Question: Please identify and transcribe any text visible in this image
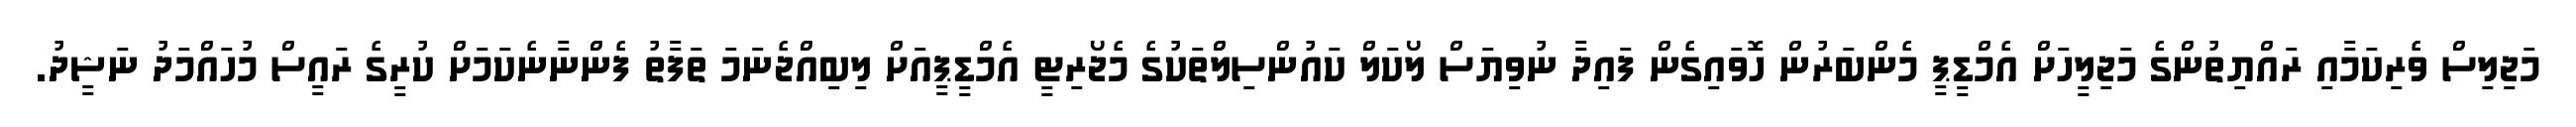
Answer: މަޖިލިސް ވެރިކަމާއި ރައްޔިތުންގެ މަޖިލީހަށް އެމްޑީޕީ މެންބަރުން ހޮވައިގެން ފައިދާ ނުވިޔަސް ލޯކަލް ކައުންސިލްތަކުގެ މެޖޯރިޓީ އެމްޑީޕީއަށް ލިބިއްޖެނަމަ ތަފާތު ފެންނާނެކަމަށް ކުރީގެ ރައީސް މުހައްމަދު ނަޝީދު.